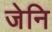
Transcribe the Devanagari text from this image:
जेनि